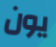
يون